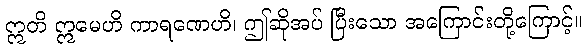
ဣတိ ဣမေဟိ ကာရဏေဟိ၊ ဤဆိုအပ် ပြီးသော အကြောင်းတို့ကြောင့်။